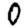
Digit: 0